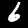
Label: 6